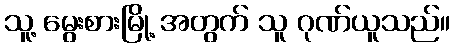
သူ့ မွေးစားမြို့ အတွက် သူ ဂုဏ်ယူသည်။